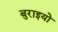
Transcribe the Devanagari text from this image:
बुराइयो